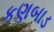
કણબાડ